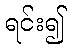
ရင်း၍